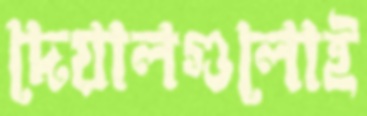
দেয়ালগুলোই